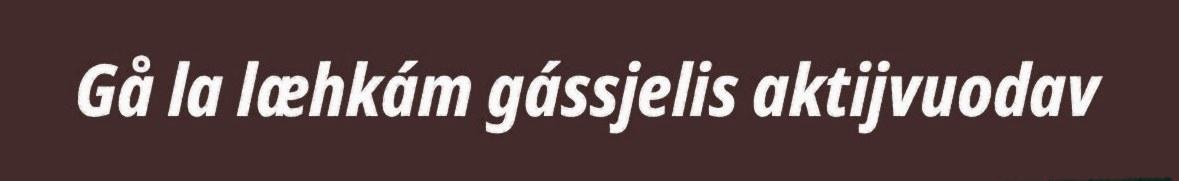
Gå la læhkám gássjelis aktijvuodav